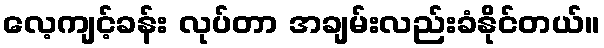
လေ့ကျင့်ခန်း လုပ်တာ အချမ်းလည်းခံနိုင်တယ်။